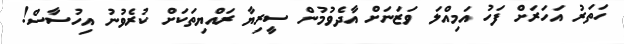
ހަތަރު އަހަރަށް ފަހު އަމިއްލަ ވަޒަނަށް އާދެވުމުން ސީރިޔާ ރައްޔިތަކަށް ކުރެވުނު އިހުސާސް!